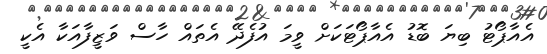
އެއާޕޯޓު ބިޔަ ބޮޑު އެއާޕޯޓަކަށް ވީމަ އުފެދޭ އެތައް ހާސް ވަޒީފާއަކާ އެކީ